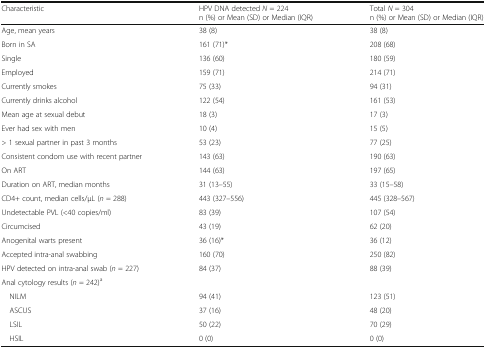
| Characteristic | HPV DNA detected N = 224n (%) or Mean (SD) or Median (IQR) | Total N = 304n (%) or Mean (SD) or Median (IQR) |
 | --- | --- | --- |
 | Age, mean years | 38 (8) | 38 (8) |
 | Born in SA | 161 (71)* | 208 (68) |
 | Single | 136 (60) | 180 (59) |
 | Employed | 159 (71) | 214 (71) |
 | Currently smokes | 75 (33) | 94 (31) |
 | Currently drinks alcohol | 122 (54) | 161 (53) |
 | Mean age at sexual debut | 18 (3) | 17 (3) |
 | Ever had sex with men | 10 (4) | 15 (5) |
 | > 1 sexual partner in past 3 months | 53 (23) | 77 (25) |
 | Consistent condom use with recent partner | 143 (63) | 190 (63) |
 | On ART | 144 (63) | 197 (65) |
 | Duration on ART, median months | 31 (13–55) | 33 (15–58) |
 | CD4+ count, median cells/μL (n = 288) | 443 (327–556) | 445 (328–567) |
 | Undetectable PVL (<40 copies/ml) | 83 (39) | 107 (54) |
 | Circumcised | 43 (19) | 62 (20) |
 | Anogenital warts present | 36 (16)* | 36 (12) |
 | Accepted intra-anal swabbing | 160 (70) | 250 (82) |
 | HPV detected on intra-anal swab (n = 227) | 84 (37) | 88 (39) |
 | <COLSPAN=3> Anal cytology results (n = 242)a |
 | NILM | 94 (41) | 123 (51) |
 | ASCUS | 37 (16) | 48 (20) |
 | LSIL | 50 (22) | 70 (29) |
 | HSIL | 0 (0) | 0 (0) |